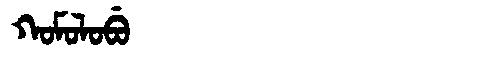
Manchu: ᡴᠣᠮᠣᠯᠣᠪᡠ
Romanization: KOMOLOBU